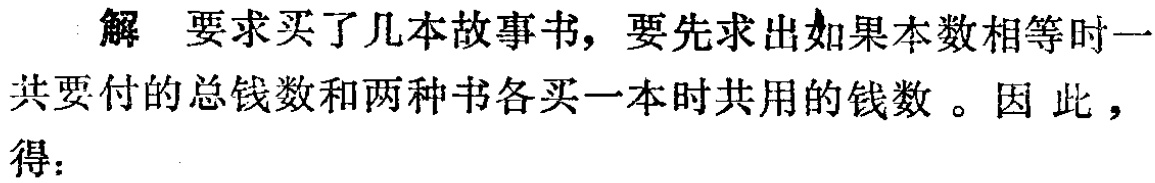
解 要求买了几本故事书, 要先求出如果本数相等时一共要付的总钱数和两种书各买一本时共用的钱数。因此，得：